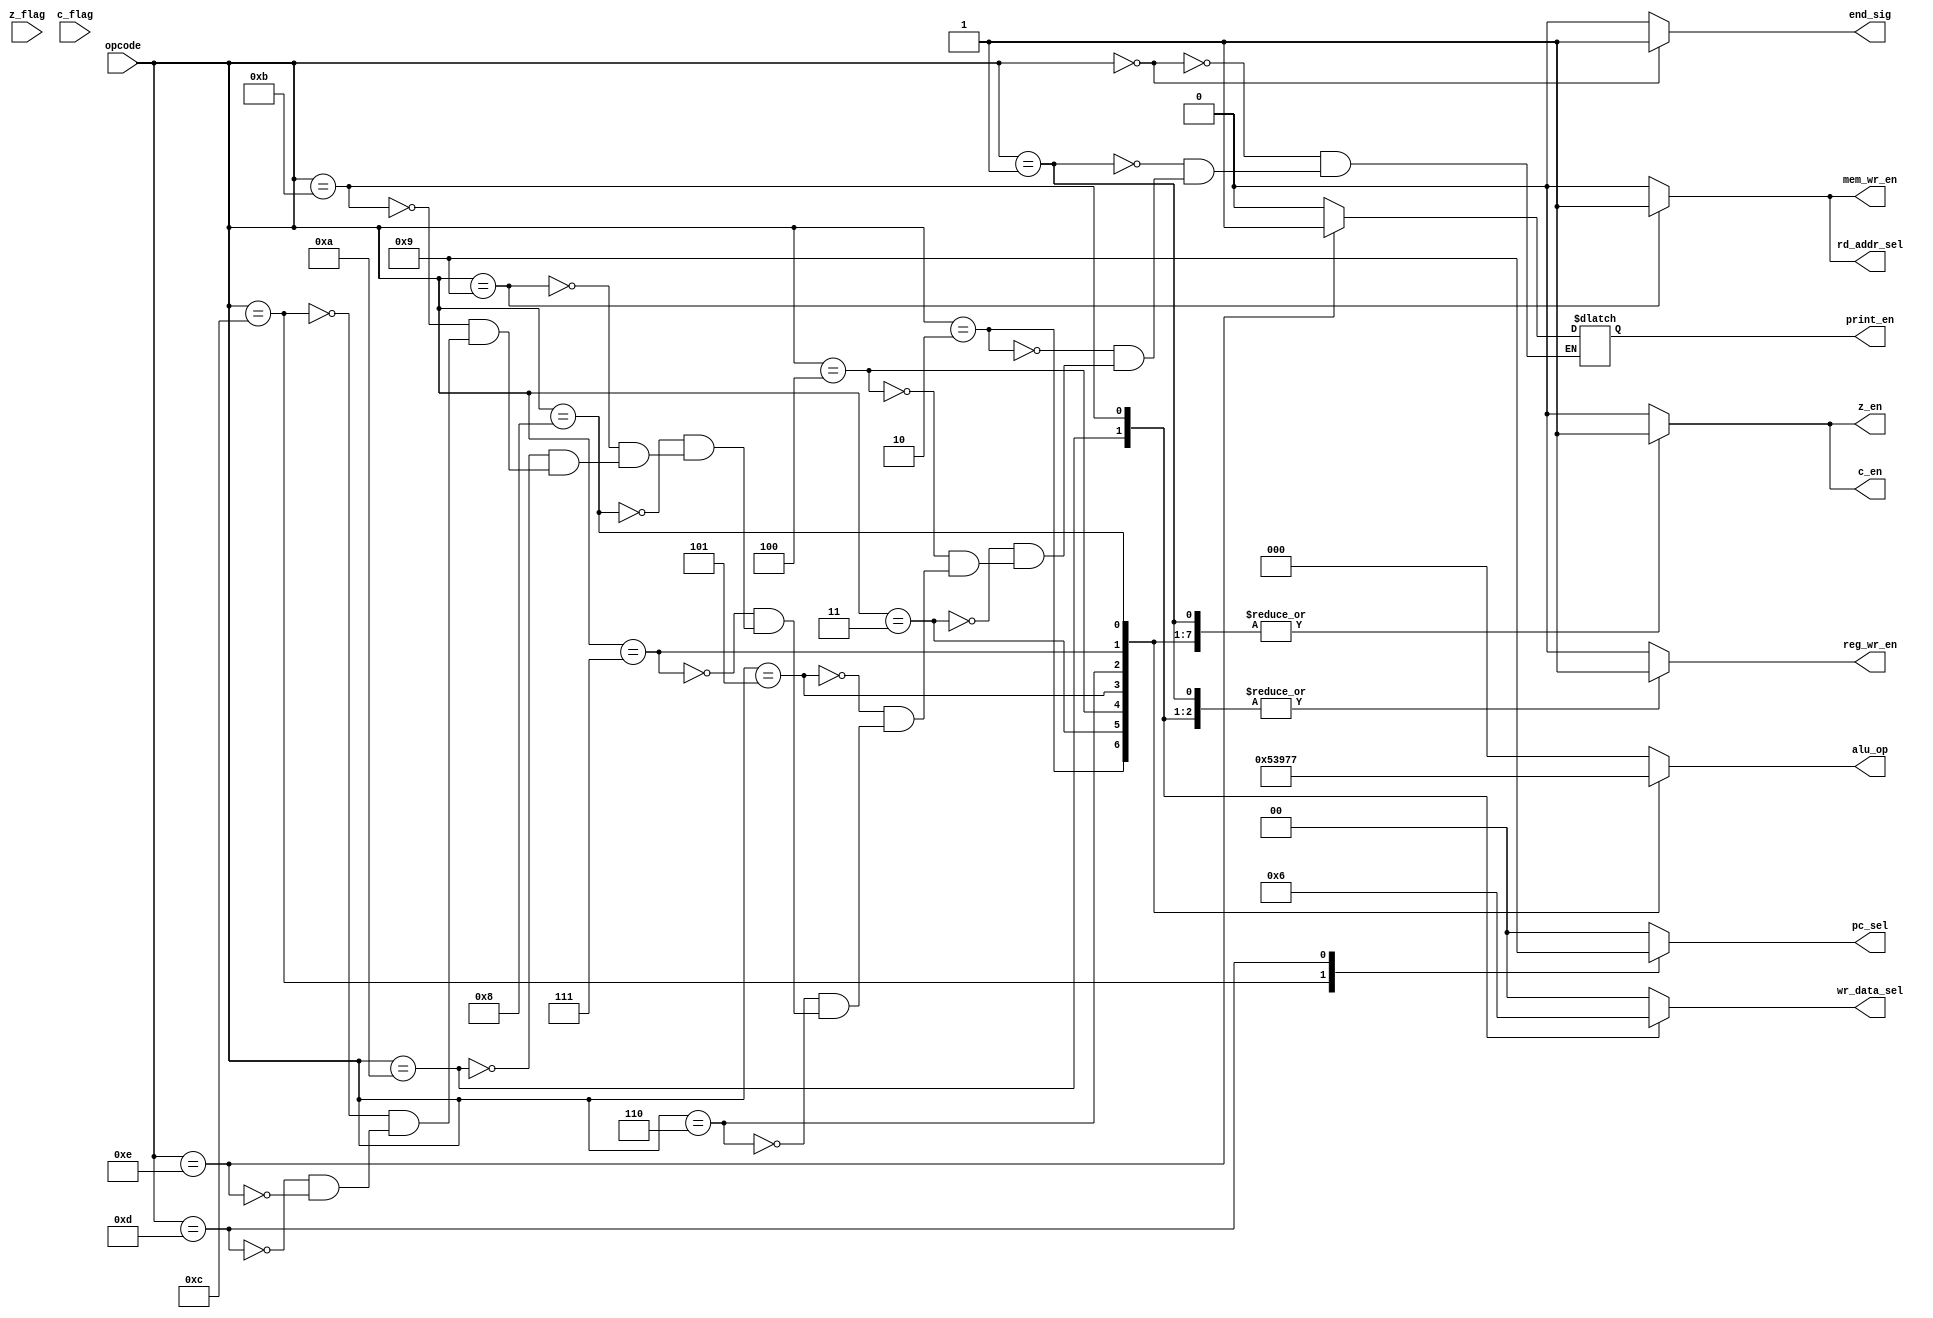
module control_unit(
	input [3:0] opcode,
	input z_flag, c_flag,
	output reg [2:0] alu_op,
	output reg [1:0]wr_data_sel, pc_sel,
	output reg rd_addr_sel, reg_wr_en, mem_wr_en, z_en, c_en,
	output reg print_en,
	output reg end_sig
	);

	always @* begin
		case(opcode)
			4'b0000: begin 			// HALT
				alu_op = 3'b000;
				wr_data_sel = 2'b00;
				pc_sel = 2'b00;
				rd_addr_sel = 1'b0;
				reg_wr_en = 1'b0;
				mem_wr_en = 1'b0;
				z_en = 1'b0;
				c_en = 1'b0;
				print_en = 1'b0;
				end_sig = 1'b1;
			end
			4'b0001: begin 			// ADD
				alu_op = 3'b000;
				wr_data_sel = 2'b00;
				pc_sel = 2'b00;
				rd_addr_sel = 1'b0;
				reg_wr_en = 1'b1;
				mem_wr_en = 1'b0;
				z_en = 1'b1;
				c_en = 1'b1;
				print_en = 1'b0;
				end_sig = 1'b0;
			end

			4'b0010: begin 			// SUB
				alu_op = 3'b001;
				wr_data_sel = 2'b00;
				pc_sel = 2'b00;
				rd_addr_sel = 1'b0;
				reg_wr_en = 1'b1;
				mem_wr_en = 1'b0;
				z_en = 1'b1;
				c_en = 1'b1;
				print_en = 1'b0;
				end_sig = 1'b0;
			end
			4'b0011: begin 			// NOT			
				alu_op = 3'b010;
				wr_data_sel = 2'b00;
				pc_sel = 2'b00;
				rd_addr_sel = 1'b0;
				reg_wr_en = 1'b1;
				mem_wr_en = 1'b0;
				z_en = 1'b1;
				c_en = 1'b1;
				print_en = 1'b0;
				end_sig = 1'b0;
			end
			4'b0100: begin 			// SL
				alu_op = 3'b011;
				wr_data_sel = 2'b00;
				pc_sel = 2'b00;
				rd_addr_sel = 1'b0;
				reg_wr_en = 1'b1;
				mem_wr_en = 1'b0;
				z_en = 1'b1;
				c_en = 1'b1;
				print_en = 1'b0;
				end_sig = 1'b0;
			end
			4'b0101: begin 			// SR
				alu_op = 3'b100;
				wr_data_sel = 2'b00;
				pc_sel = 2'b00;
				rd_addr_sel = 1'b0;
				reg_wr_en = 1'b1;
				mem_wr_en = 1'b0;
				z_en = 1'b1;
				c_en = 1'b1;
				print_en = 1'b0;
				end_sig = 1'b0;
			end
			4'b0110: begin 			// AND
				alu_op = 3'b101;
				wr_data_sel = 2'b00;
				pc_sel = 2'b00;
				rd_addr_sel = 1'b0;
				reg_wr_en = 1'b1;
				mem_wr_en = 1'b0;
				z_en = 1'b1;
				c_en = 1'b1;
				print_en = 1'b0;
				end_sig = 1'b0;
			end
			4'b0111: begin 			// OR
				alu_op = 3'b110;
				wr_data_sel = 2'b00;
				pc_sel = 2'b00;
				rd_addr_sel = 1'b0;
				reg_wr_en = 1'b1;
				mem_wr_en = 1'b0;
				z_en = 1'b1;
				c_en = 1'b1;
				print_en = 1'b0;
				end_sig = 1'b0;
			end
			4'b1000: begin 			// ZLE
				alu_op = 3'b111;
				wr_data_sel = 2'b00;
				pc_sel = 2'b00;
				rd_addr_sel = 1'b0;
				reg_wr_en = 1'b1;
				mem_wr_en = 1'b0;
				z_en = 1'b1;
				c_en = 1'b1;
				print_en = 1'b0;
				end_sig = 1'b0;
			end
			4'b1001: begin 			// ST
				alu_op = 3'b000;
				wr_data_sel = 2'b00;
				pc_sel = 2'b00;
				rd_addr_sel = 1'b1;
				reg_wr_en = 1'b0;
				mem_wr_en = 1'b1;
				z_en = 1'b0;
				c_en = 1'b0;
				print_en = 1'b0;
				end_sig = 1'b0;
			end
			4'b1010: begin 			// LD	
				alu_op = 3'b000;
				wr_data_sel = 2'b01;
				pc_sel = 2'b00;
				rd_addr_sel = 1'b0;
				reg_wr_en = 1'b1;
				mem_wr_en = 1'b0;
				z_en = 1'b0;
				c_en = 1'b0;
				print_en = 1'b0;
				end_sig = 1'b0;
			end
			4'b1011: begin 			// LDI
				alu_op = 3'b000;
				wr_data_sel = 2'b10;
				pc_sel = 2'b00;
				rd_addr_sel = 1'b0;
				reg_wr_en = 1'b1;
				mem_wr_en = 1'b0;
				z_en = 1'b0;
				c_en = 1'b0;
				print_en = 1'b0;
				end_sig = 1'b0;
			end
			4'b1100: begin 			// BZ
				alu_op = 3'b000;
				wr_data_sel = 2'b00;
				pc_sel = 2'b10;
				rd_addr_sel = 1'b0;
				reg_wr_en = 1'b0;
				mem_wr_en = 1'b0;
				z_en = 1'b0;
				c_en = 1'b0;
				print_en = 1'b0;
				end_sig = 1'b0;
			end
			4'b1101: begin 			// J
				alu_op = 3'b000;
				wr_data_sel = 2'b00;
				pc_sel = 2'b01;
				rd_addr_sel = 1'b0;
				reg_wr_en = 1'b0;
				mem_wr_en = 1'b0;
				z_en = 1'b0;
				c_en = 1'b0;
				print_en = 1'b0;
				end_sig = 1'b0;
			end
			4'b1110: begin 			// PRT
				alu_op = 3'b000;
				wr_data_sel = 2'b00;
				pc_sel = 2'b00;
				rd_addr_sel = 1'b0;
				reg_wr_en = 1'b0;
				mem_wr_en = 1'b0;
				z_en = 1'b0;
				c_en = 1'b0;
				print_en = 1'b1;
				end_sig = 1'b0;
			end
			default: begin
				alu_op = 2'b00;
				wr_data_sel = 2'b00;
				pc_sel = 2'b00;
				rd_addr_sel = 1'b0;
				reg_wr_en = 1'b0;
				mem_wr_en = 1'b0;
				z_en = 1'b0;
				c_en = 1'b0;
				end_sig = 1'b0;
			end
		endcase
	end
endmodule